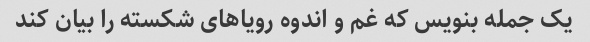
یک جمله بنویس که غم و اندوه رویاهای شکسته را بیان کند